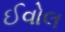
ઈવોલ